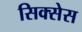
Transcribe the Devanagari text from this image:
सिक्सेस